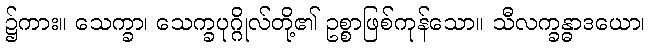
၌ကား။ သေက္ခာ၊ သေက္ခပုဂ္ဂိုလ်တို့၏ ဥစ္စာဖြစ်ကုန်သော။ သီလက္ခန္ဓာဒယော၊